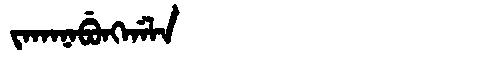
Manchu: ᠵᠠᡴᠠᠨᠠᠪᡠᠩᡤᠠᠯᠠ
Romanization: JAKANABUNGGALA